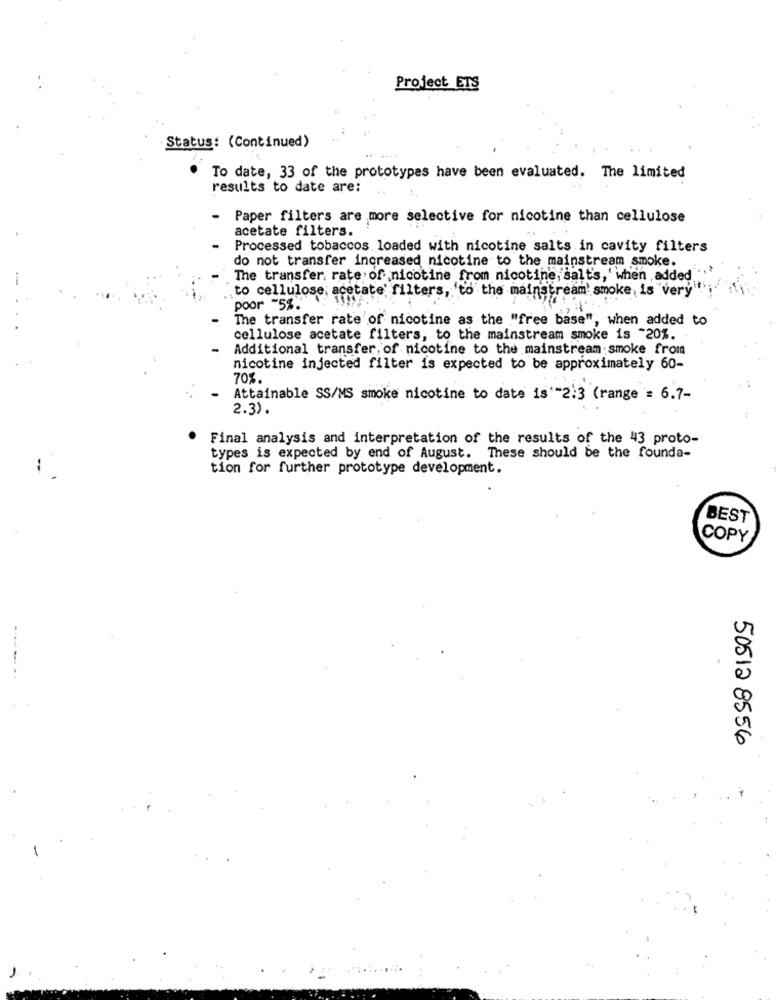
Project ETS
Status: (Continued)
To date, 33 of the prototypes have been evaluated. The limited
results to date are:
Paper filters are more selective for nicotine than cellulose
acetate filters.
Processed tobaccos loaded with nicotine salts in cavity filters
do not transfer increased nicotine to the mainstream smoke.
The transfer rate of nicotine from nicotine, salt's,' when added
-
to cellulose; acetate filters, 'to the mainstream smoke is very
poor "5%."
The transfer rate of nicotine as the "free base", when added to
cellulose acetate filters, to the mainstream smoke is -20%.
Additional transfer, of nicotine to the mainstream smoke from
nicotine injected filter is expected to be approximately 60-
70%.
Attainable SS/MS smoke nicotine to date is'-2:3 (range = 6.7-
2.3).
Final analysis and interpretation of the results of the 43 proto-
types is expected by end of August. These should be the founda-
tion for further prototype development.
BEST
COPY
50512 8556